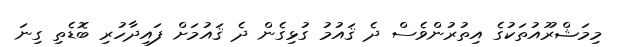
މިމަޝްރޫއުތަކުގެ އިތުރުންވެސް ދެ ޤައުމު ގުޅިގެން ދެ ޤައުމަށް ފައިދާހުރި ބޮޑެތި ގިނަ